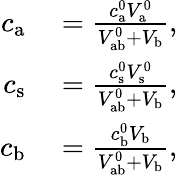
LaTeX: \begin{array}{rl}{c_{\mathrm{a}}}&{{}=\frac{c_{\mathrm{a}}^{0}V_{\mathrm{a}}^{0}}{V_{\mathrm{ab}}^{0}+V_{\mathrm{b}}},}\\ {c_{\mathrm{s}}}&{{}=\frac{c_{\mathrm{s}}^{0}V_{\mathrm{s}}^{0}}{V_{\mathrm{ab}}^{0}+V_{\mathrm{b}}},}\\ {c_{\mathrm{b}}}&{{}=\frac{c_{\mathrm{b}}^{0}V_{\mathrm{b}}}{V_{\mathrm{ab}}^{0}+V_{\mathrm{b}}},}\end{array}